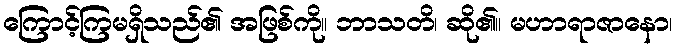
ကြောင့်ကြမရှိသည်၏ အဖြစ်ကို။ ဘာသတိ၊ ဆို၏။ မဟာရာဇာနော၊